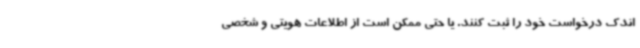
اندک درخواست خود را ثبت کنند. یا حتی ممکن است از اطلاعات هویتی و شخصی